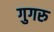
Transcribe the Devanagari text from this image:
गुगरु